Bréfritari: Lárus Bjarnason
Dagsetning: A-1861-00-00
Skrifað á: Bessatungu  Dal.

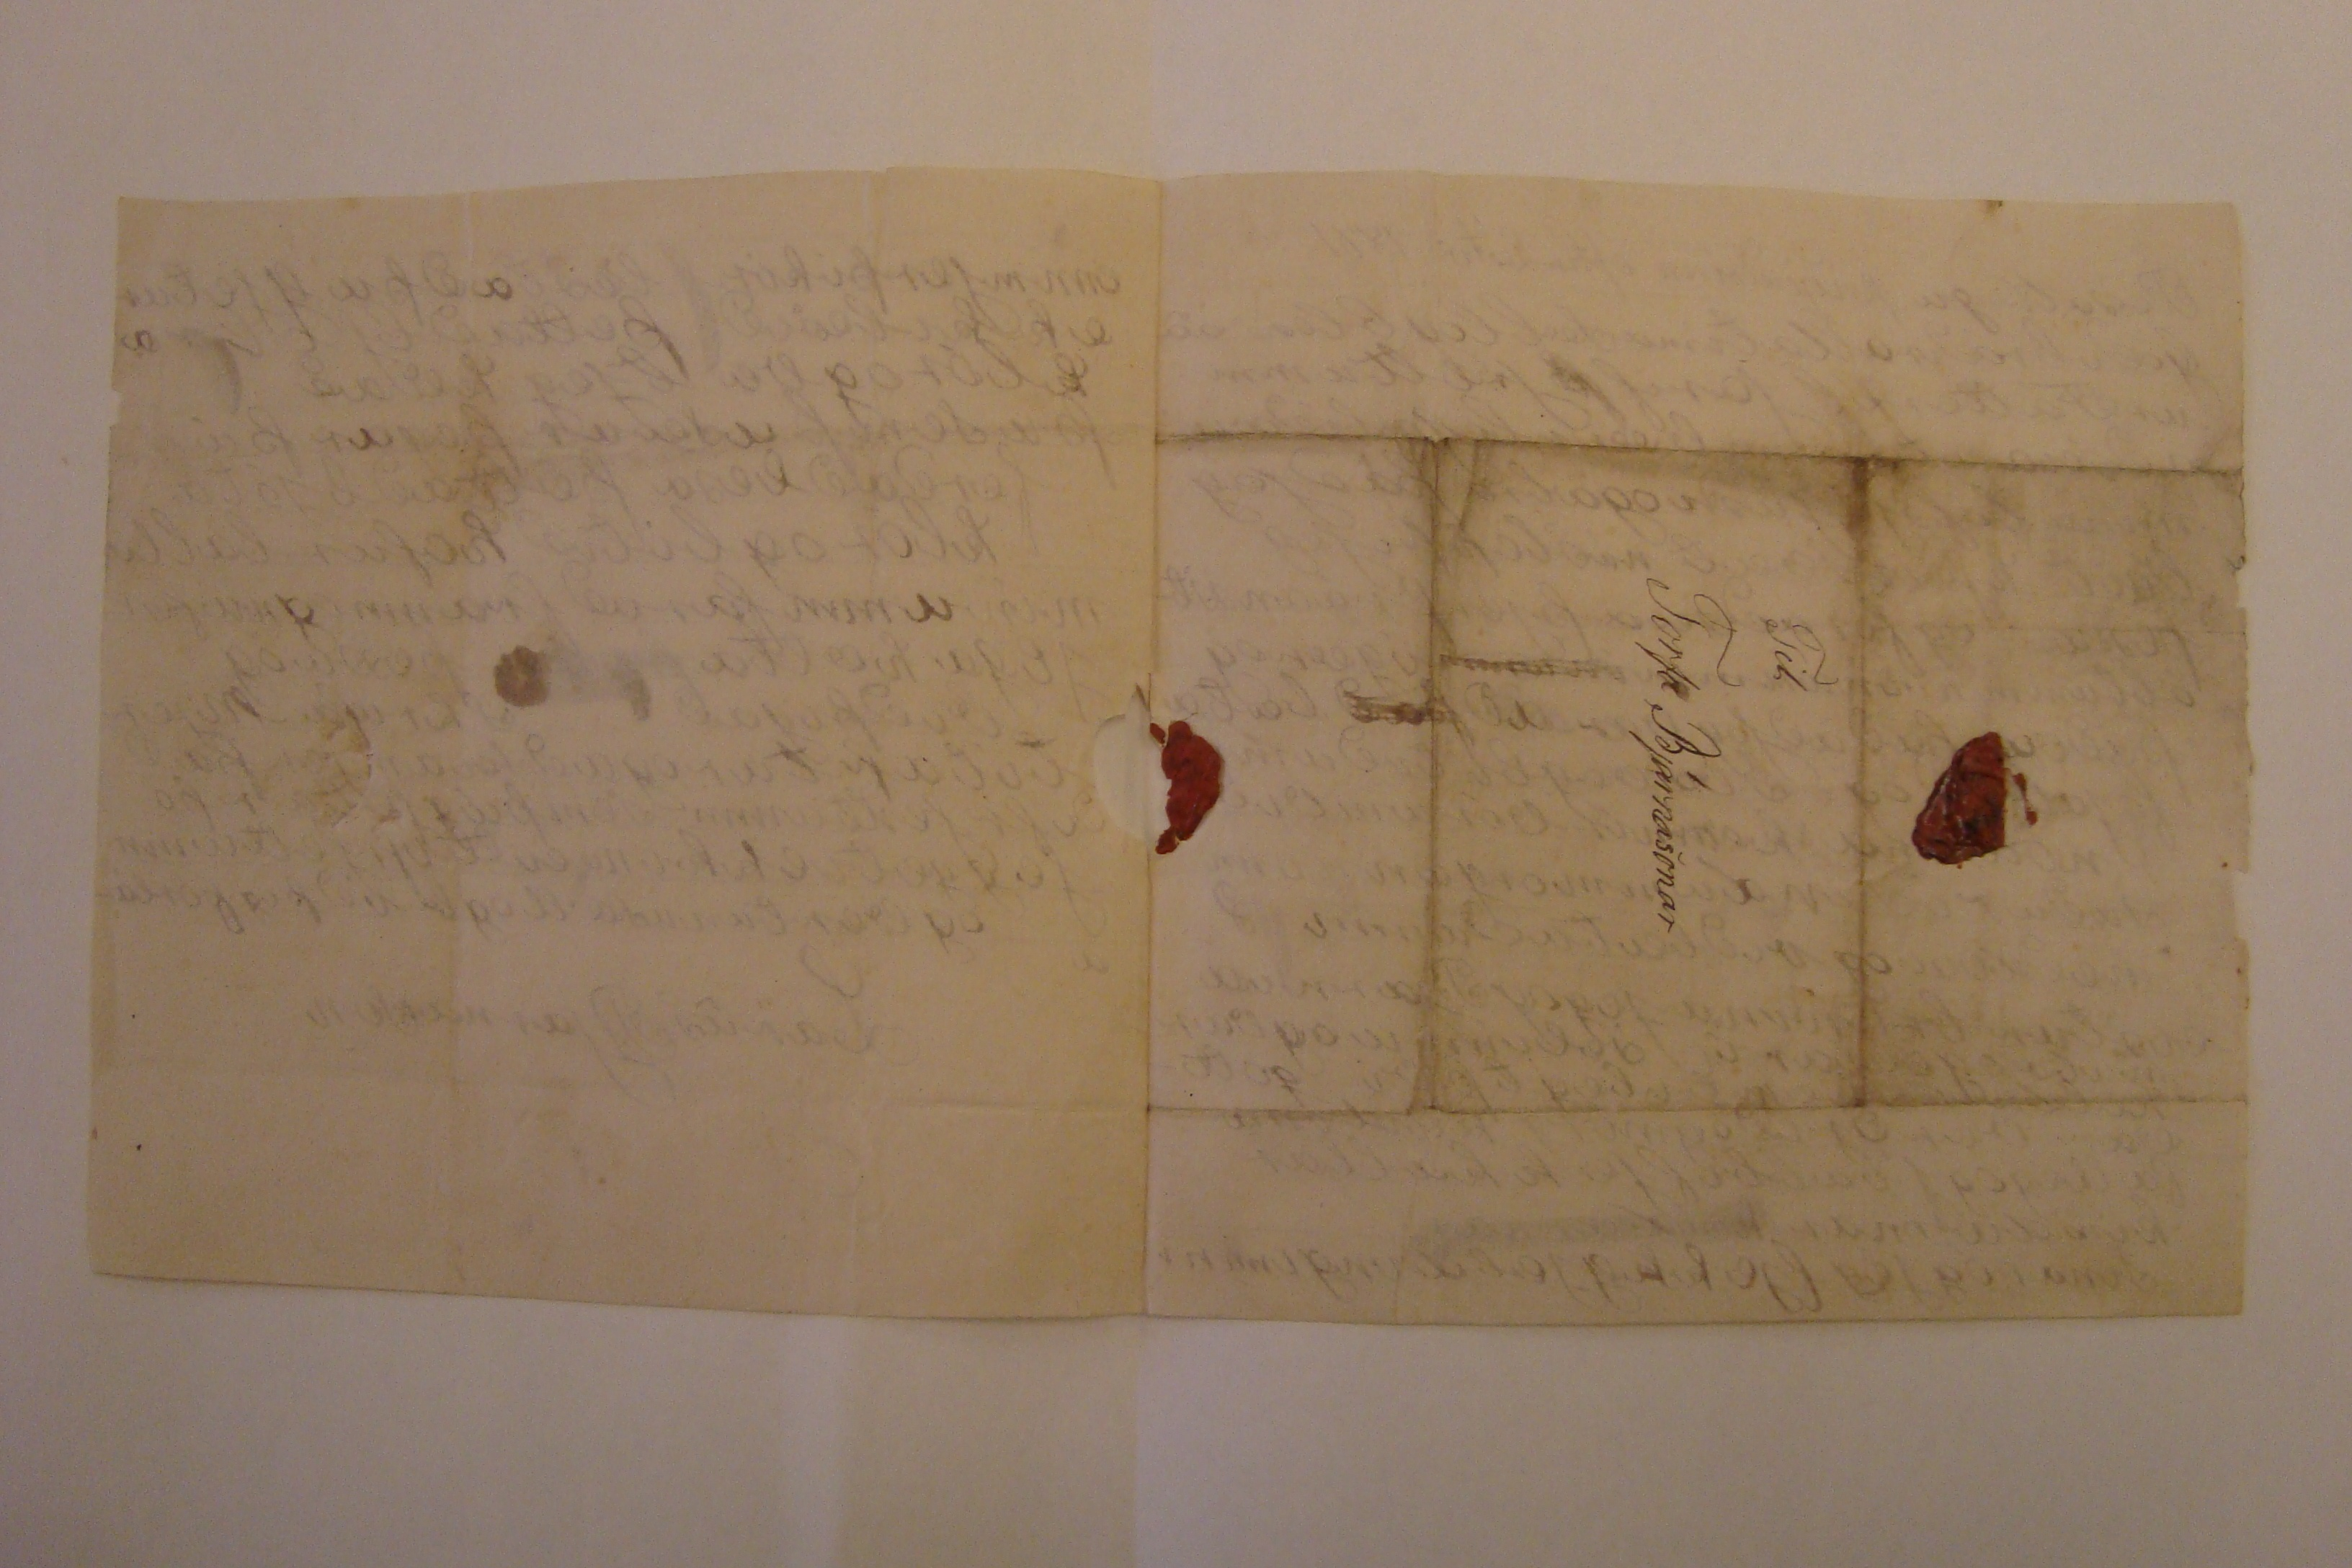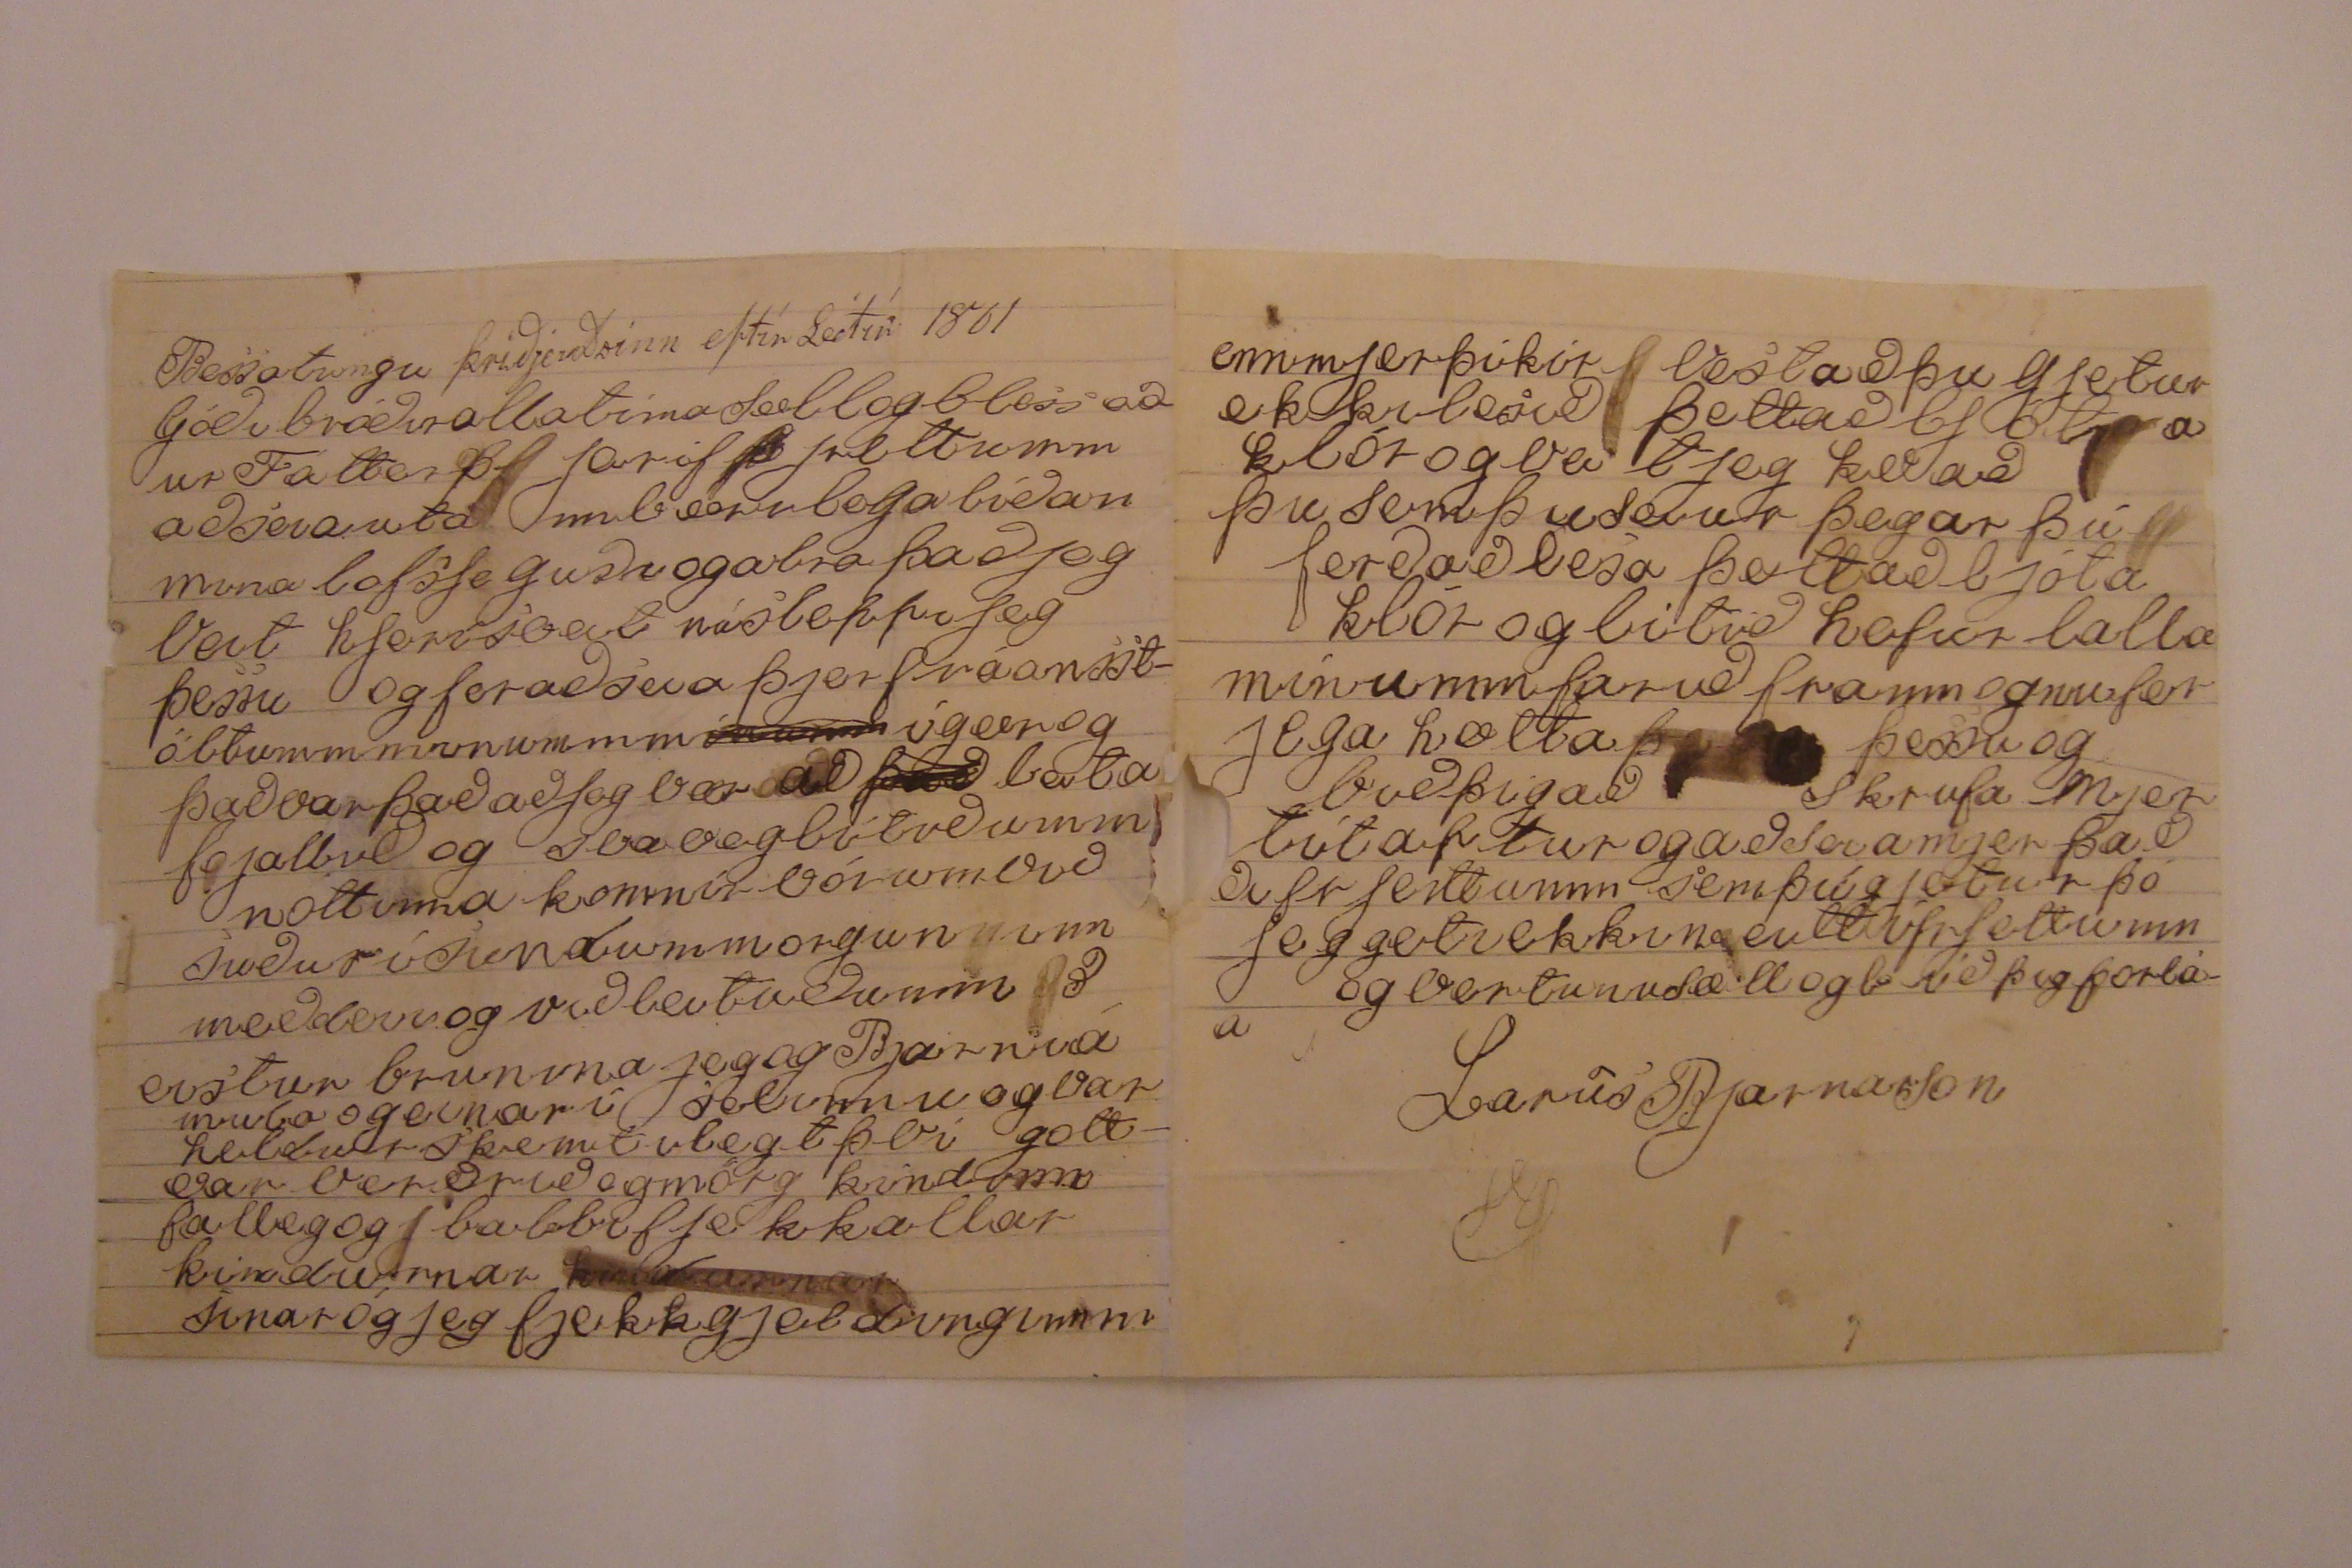

Til Torfa Bjarnasonar
enn mjer þikir vest að þu gjetur ekki lesið þesstað ljóta klór og veit jeg 000 að þu sem
þu seiir
þegar þú ferð að lesa þettað ljóta klór og lítið hefur babba mínum farið framm og nu fer jeg a hætta
þ000
þessu og bið þig að skrifa mjer
lítaftur
og að senda mjer það 00 frjettumm sem þú gjetur þó jeg geti ekki neitt í frjettum og vertu nu sæll og bið þig forláa
Larus Bjarnason
Til Torfa Bjarnasonar